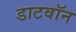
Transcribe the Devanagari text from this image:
डाटवॉन